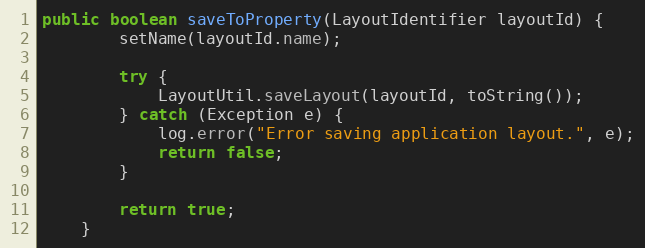
Language: Java
public boolean saveToProperty(LayoutIdentifier layoutId) {
        setName(layoutId.name);

        try {
            LayoutUtil.saveLayout(layoutId, toString());
        } catch (Exception e) {
            log.error("Error saving application layout.", e);
            return false;
        }

        return true;
    }